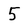
Character: 5